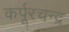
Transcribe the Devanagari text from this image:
कर्पूरचन्द्र